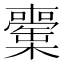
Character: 𣟘